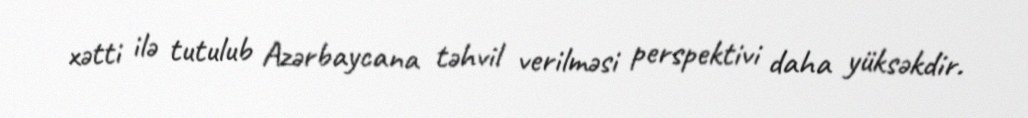
xətti ilə tutulub Azərbaycana təhvil verilməsi perspektivi daha yüksəkdir.